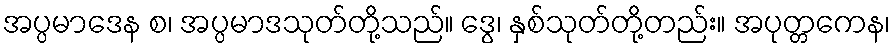
အပ္ပမာဒေန စ၊ အပ္ပမာဒသုတ်တို့သည်။ ဒွေ၊ နှစ်သုတ်တို့တည်း။ အပုတ္တကေန၊